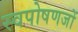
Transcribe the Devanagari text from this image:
स्वपोषणजों